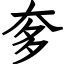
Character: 奓